Burma Government Medical School reports 1923-41
Year: 1923
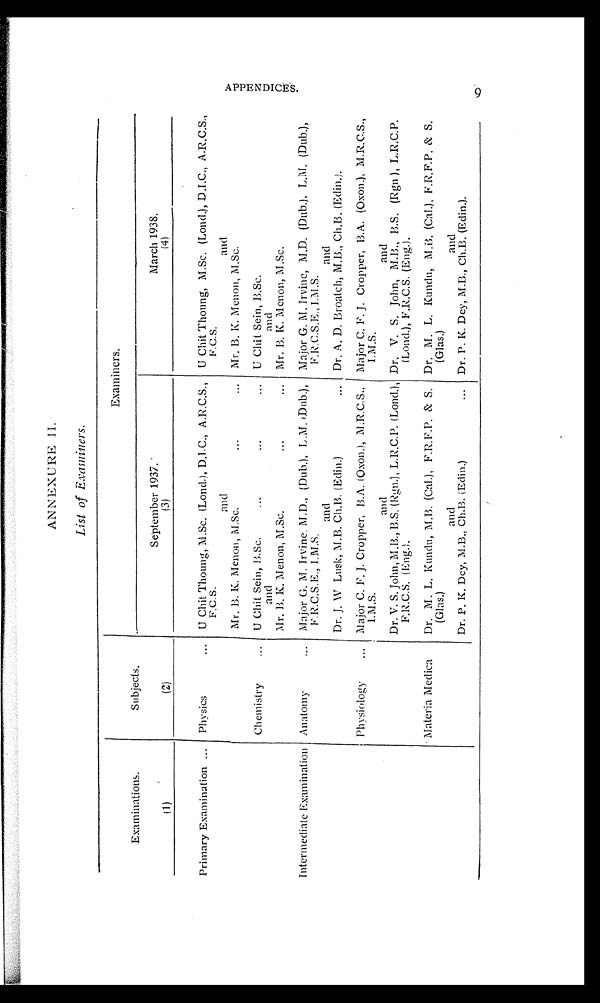
ANNEXURE II.
List of Examiners.
Examinations.
Subjects.
Examiners.
September 1937.
March 1938.
(1)
(2)
(3)
( 4 )
Primary Examination
Physics
U Chit Thoung, M.Sc. (Lond.), D.I.C., A.R.C.S.,
F.C.S.
U Chit Thoung, M.Sc. (Loud.), D.I.C., A.R.C.S.
F.C.S.
and
and
Mr. B. K. Menon, M.Sc.
Mr. B. K. Menon, M.Sc.
Chemistry
U Chit Sein, B.Sc.
U Chit Sein, B.Sc.
and
and
Intermediate Examination Anatomy
Mr. B. K. Menon, M.Sc.
Major G. M. Irvine, M.D., (Dub.), L.M. (Dub.),
F.R.C.S.E., I.M.S.
Mr. B. K. Menon, M.Sc.
Major G. M. Irvine, M.D. (Dub.), L.M. (Dub.),
F.R.C.S.E., I.M .S.
and
and
Dr. J. W Lusk, M.B. Ch.B. (Edin.)
Dr. A. D. Broatch, M.B., Ch.B. (Edin.).
Physiology
Major C. F. J. Cropper, B.A. (Oxon.), M.R.C.S.,
I.M.S.
Major C. F. J. Cropper, B.A. (Oxon.), M.R.C.S.,
I.M.S.
and
and
Dr. V. S. John, M.B., B.S. (Rgn.), L.R.C.P. (Lond.),
F.R.C.S. (Eng.).
Dr. V. S. John, M.B., B.S. (Rgn ), L.R.C.P.
(Loud.), F.R.C.S. (Eng.).
Materia Medica Dr. M. L. Kundu, M.B. (Cal.), F.R.F.P. & S.
(Glas.)
Dr. M. L. Kundu, M.B. (Cal.), F.R.F.P. & S.
(Glas.)
and
and
Dr. P. K. Dey, M.B., Ch.B. (Edin.) Dr. P. K. Dey, M.B., Ch.B. (Edin.).
APPENDICES.
9